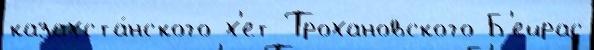
казахста́нского х'ет Трохановского Б'ейрас